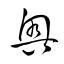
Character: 奧